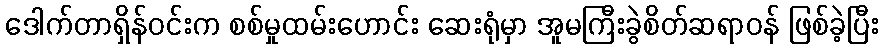
ဒေါက်တာရှိန်ဝင်းက စစ်မှုထမ်းဟောင်း ဆေးရုံမှာ အူမကြီးခွဲစိတ်ဆရာဝန် ဖြစ်ခဲ့ပြီး